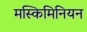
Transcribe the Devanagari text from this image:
मस्किमिनियन